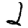
Digit: 2